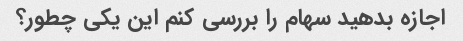
اجازه بدهید سهام را بررسی کنم این یکی چطور؟